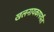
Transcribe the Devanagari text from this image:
खलनायकापर्यंत